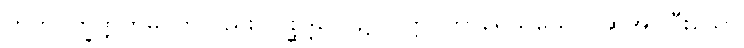
ဟတဝိက္ခိတ္တကမ္ပိ၊ ကိုလည်း။ ဝိစ္ဆိဒ္ဒပေ၊ ၌။ ဝုတ္တပ္ပကာရေသုယေဝ၊ ဆိုအပ်ပြီးသော